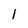
Character: l